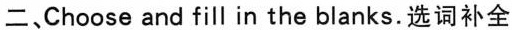
二、Choose and fill in the blanks.选词补全